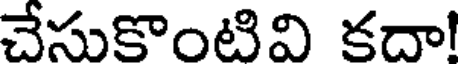
చేసుకొంటివి కదా!